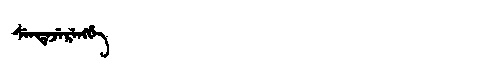
Manchu: ᠰᡝᠨᡩᡝᠵᡝᡵᡝᠩᡤᡝ
Romanization: SENDEJERENGGE